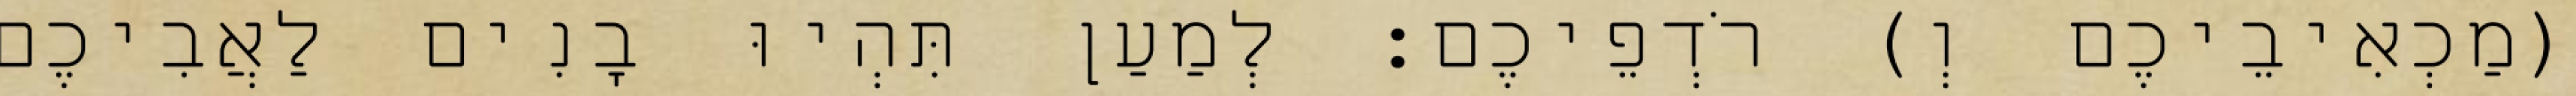
(מַכְאִיבֵיכֶם וְ) רֹדְפֵיכֶם׃ לְמַעַן תִּהְיוּ בָנִים לַאֲבִיכֶם